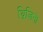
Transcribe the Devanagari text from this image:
थ्रिज़िनो